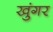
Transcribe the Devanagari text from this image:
खुंगर